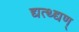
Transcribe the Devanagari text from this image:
द्यत्थ्द्यण्